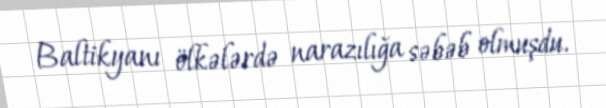
Baltikyanı ölkələrdə narazılığa səbəb olmuşdu.